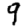
Digit: 9